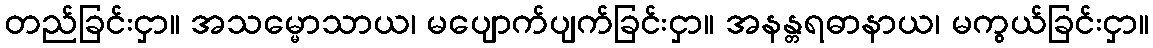
တည်ခြင်းငှာ။ အသမ္မောသာယ၊ မပျောက်ပျက်ခြင်းငှာ။ အနန္တရဓာနာယ၊ မကွယ်ခြင်းငှာ။